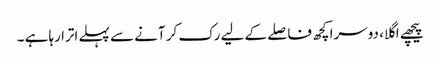
پیچھے اگلا، دوسرا کچھ فاصلے کے لیے رک کر آنے سے پہلے اترا رہا ہے ۔